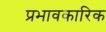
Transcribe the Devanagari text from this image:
प्रभावकारिक